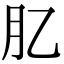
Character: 肊